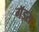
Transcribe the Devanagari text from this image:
गॅड्स